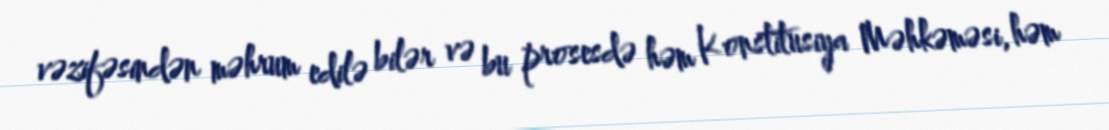
vəzifəsindən məhrum edilə bilər və bu prosesdə həm Konstitusiya Məhkəməsi, həm